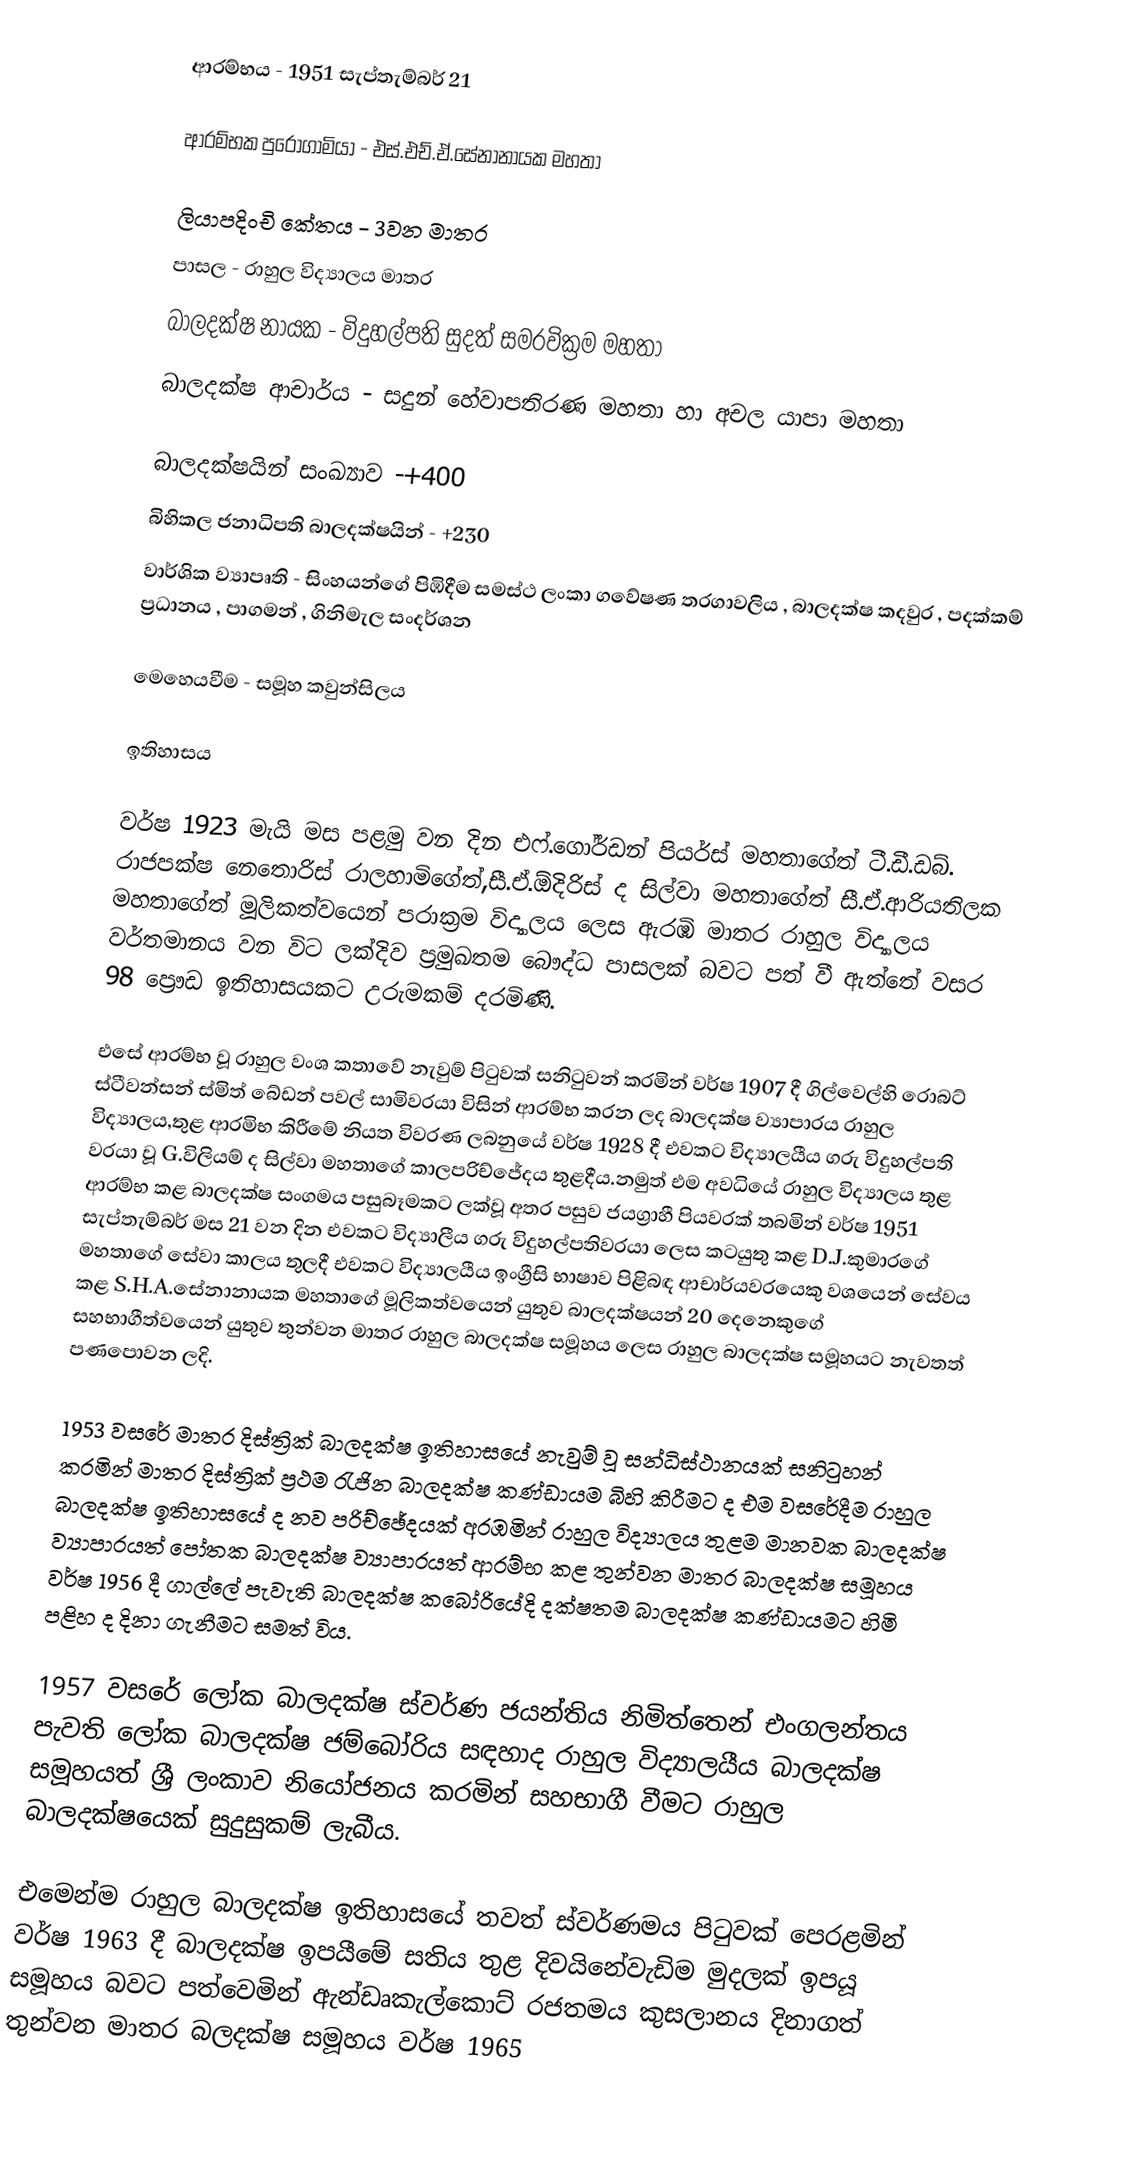
ආරම්භය - 1951 සැප්තැම්බර් 21

 ආරම්භක පුරෝගාමියා - එස්.එච්.ඒ.සේනානායක මහතා

 ලියාපදිංචි කේතය - 3වන මාතර
 පාසල - රාහුල විද්‍යාලය මාතර
 බාලදක්ෂ නායක - විදුහල්පති සුදත් සමරවික්‍රම මහතා
 බාලදක්ෂ ආචාර්ය - සදුන් හේවාපතිරණ මහතා හා අචල යාපා මහතා

 බාලදක්ෂයින් සංඛ්‍යාව -+400
 බිහිකල ජනාධිපති බාලදක්ෂයින් - +230
 වාර්ශික ව්‍යාපෘති - සිංහයන්ගේ පිඹිදීම සමස්ථ ලංකා ගවේෂණ තරගාවලිය , බාලදක්ෂ කදවුර , පදක්කම් ප්‍රධානය , පාගමන් , ගිනිමැල සංදර්ශන

 මෙහෙයවීම - සමූහ කවුන්සිලය

ඉතිහාසය

වර්ෂ 1923 මැයි මස පළමු වන දින එෆ්.ගෝර්ඩන් පියර්ස් මහතාගේත් ටී.ඩී.ඩබ්. රාජපක්ෂ නෙතොරිස් රාලහාමිගේත්,සී.ඒ.ඕදිරිස් ද සිල්වා මහතාගේත් සී.ඒ.ආරියතිලක මහතාගේත් මූලිකත්වයෙන් පරාක්‍රම විද්‍යාලය ලෙස ඇරඹි මාතර රාහුල විද්‍යාලය වර්තමානය වන විට ලක්දිව ප්‍රමුඛතම බෞද්ධ පාසලක් බවට පත් වී ඇත්තේ වසර 98 ප්‍රෞඩ ඉතිහාසයකට උරුමකම් දරමිණි.

එසේ ආරම්භ වූ රාහුල වංශ කතාවේ නැවුම් පිටුවක් සනිටුවන් කරමින් වර්ෂ 1907 දී ගිල්වෙල්හි රොබට් ස්ටීවන්සන් ස්මිත් බේඩන් පවල් සාමිවරයා විසින් ආරම්භ කරන ලද බාලදක්ෂ ව්‍යාපාරය රාහුල විද්‍යාලය,තුළ ආරමිභ කිරීමේ නියත විවරණ ලබනුයේ වර්ෂ 1928  දී එවකට විද්‍යාලයීය ගරු  විදුහල්පති වරයා වූ G.විලියම් ද සිල්වා මහතාගේ කාලපරිච්ජේදය තුළදීය.නමුත් එම අවධියේ රාහුල විද්‍යාලය තුළ ආරම්භ කළ බාලදක්ෂ සංගමය පසුබෑමකට ලක්වූ අතර පසුව ජයග්‍රාහී පියවරක් තබමින් වර්ෂ 1951 සැප්තැම්බර් මස 21 වන දින එවකට විද්‍යාලීය ගරු විදුහල්පතිවරයා ලෙස කටයුතු කළ D.J.කුමාරගේ මහතාගේ සේවා කාලය තුලදී එවකට විද්‍යාලයීය ඉංග්‍රීසි භාෂාව පිළිබඳ ආචාර්යවරයෙකු වශයෙන් සේවය කළ  S.H.A.සේනානායක මහතාගේ මූලිකත්වයෙන් යුතුව  බාලදක්ෂයන් 20 දෙනෙකුගේ සහභාගීත්වයෙන් යුතුව තුන්වන මාතර රාහුල බාලදක්ෂ සමූහය ලෙස රාහුල බාලදක්ෂ සමූහයට නැවතත් පණපොවන ලදි.

1953 වසරේ මාතර දිස්ත්‍රික් බාලදක්ෂ ඉතිහාසයේ නැවුම් වූ සන්ධිස්ථානයක් සනිටුහන් කරමින් මාතර දිස්ත්‍රික් ප්‍රථම රැජින බාලදක්ෂ කණ්ඩායම බිහි කිරීමට ද එම වසරේදීම රාහුල බාලදක්ෂ ඉතිහාසයේ ද නව පරිච්ඡේදයක් අරඹමින් රාහුල විද්‍යාලය තුළම  මානවක බාලදක්ෂ ව්‍යාපාරයත් පෝතක බාලදක්ෂ ව්‍යාපාරයත් ආරම්භ කළ තුන්වන මාතර බාලදක්ෂ සමූහය වර්ෂ 1956 දී  ගාල්ලේ පැවැති බාලදක්ෂ කබෝරියේදි දක්ෂතම බාලදක්ෂ කණ්ඩායමට හිමි පළිහ ද දිනා ගැනීමට සමත් විය.

1957 වසරේ ලෝක බාලදක්ෂ ස්වර්ණ ජයන්තිය නිමිත්තෙන් එංගලන්තය පැවති ලෝක බාලදක්ෂ ජම්බෝරිය සඳහාද රාහුල විද්‍යාලයීය  බාලදක්ෂ  සමූහයත් ශ්‍රී ලංකාව නියෝජනය කරමින් සහභාගී වීමට රාහුල බාලදක්ෂයෙක් සුදුසුකම් ලැබීය.

එමෙන්ම රාහුල බාලදක්ෂ  ඉතිහාසයේ තවත් ස්වර්ණමය පිටුවක් පෙරළමින් වර්ෂ 1963 දී බාලදක්ෂ ඉපයීමේ සතිය තුළ දිවයිනේවැඩිම මුදලක් ඉපයූ සමූහය බවට පත්වෙමින් ඇන්ඩෘකැල්කොට් රජතමය කුසලානය දිනාගත් තුන්වන මාතර බලදක්ෂ සමූහය වර්ෂ 1965